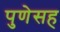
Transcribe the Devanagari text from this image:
पुणेसह